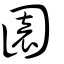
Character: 園